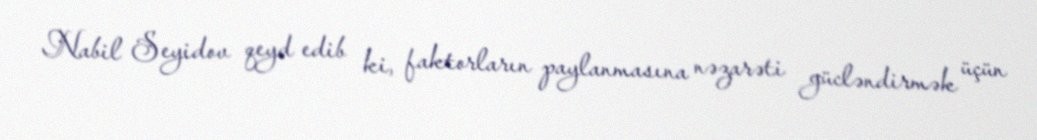
Nabil Seyidov qeyd edib ki, faktorların paylanmasına nəzarəti gücləndirmək üçün